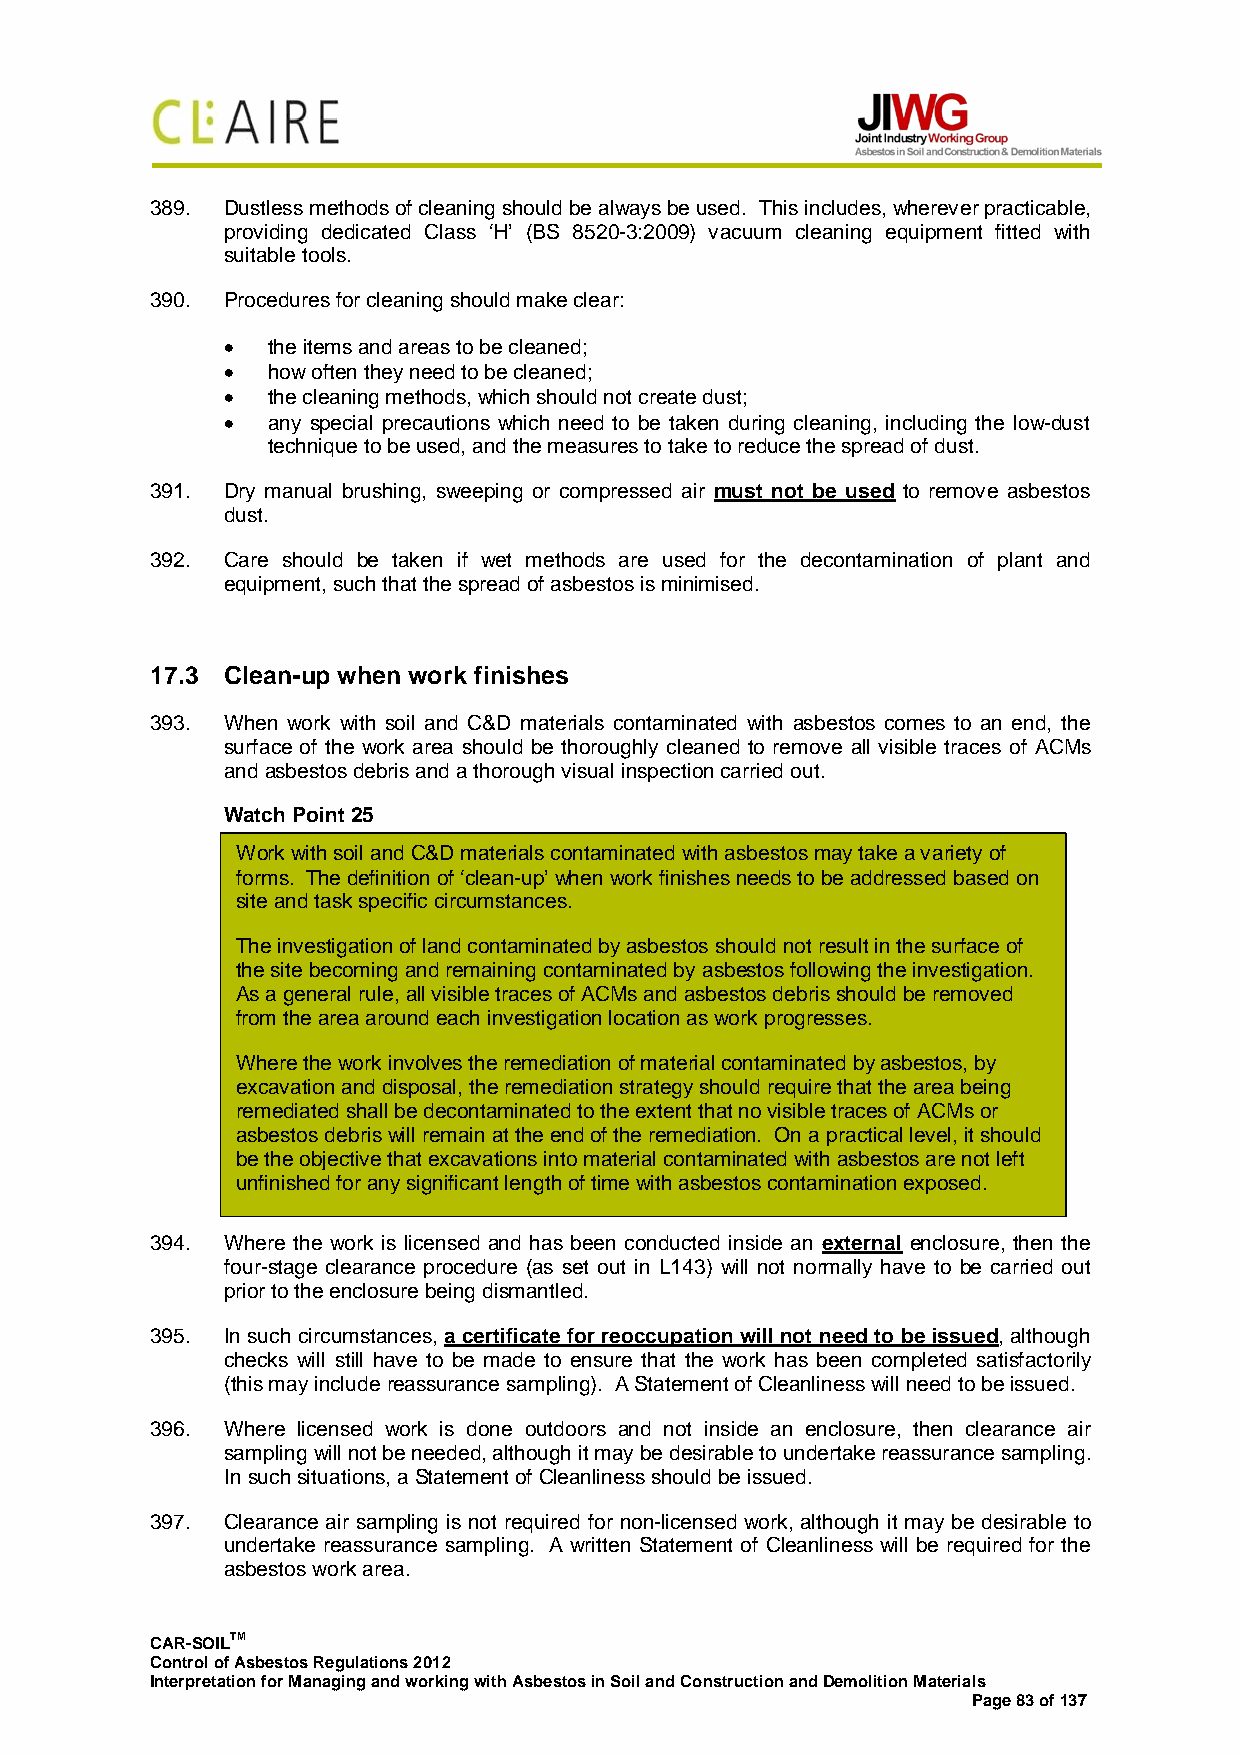
389. Dustless methods of cleaning should be always be used. This includes, wherever practicable,
 providing dedicated Class ‘H’ (BS 8520-3:2009) vacuum cleaning equipment fitted with
 suitable tools.
 390. Procedures for cleaning should make clear:
 •  the items and areas to be cleaned;
 •  how often they need to be cleaned;
 •  the cleaning methods, which should not create dust;
 •  any special precautions which need to be taken during cleaning, including the low-dust
 technique to be used, and the measures to take to reduce the spread of dust.
 391. Dry manual brushing, sweeping or compressed air must not be used to remove asbestos
 dust.
 392. Care should be taken if wet methods are used for the decontamination of plant and
 equipment, such that the spread of asbestos is minimised.
 17.3 Clean-up when work finishes
 393. When work with soil and C&D materials contaminated with asbestos comes to an end, the
 surface of the work area should be thoroughly cleaned to remove all visible traces of ACMs
 and asbestos debris and a thorough visual inspection carried out.
 Watch Point 25
 Work with soil and C&D materials contaminated with asbestos may take a variety of
 forms. The definition of ‘clean-up’ when work finishes needs to be addressed based on
 site and task specific circumstances.
 The investigation of land contaminated by asbestos should not result in the surface of
 the site becoming and remaining contaminated by asbestos following the investigation.
 As a general rule, all visible traces of ACMs and asbestos debris should be removed
 from the area around each investigation location as work progresses.
 Where the work involves the remediation of material contaminated by asbestos, by
 excavation and disposal, the remediation strategy should require that the area being
 remediated shall be decontaminated to the extent that no visible traces of ACMs or
 asbestos debris will remain at the end of the remediation. On a practical level, it should
 be the objective that excavations into material contaminated with asbestos are not left
 unfinished for any significant length of time with asbestos contamination exposed.
 394. Where the work is licensed and has been conducted inside an external enclosure, then the
 four-stage clearance procedure (as set out in L143) will not normally have to be carried out
 prior to the enclosure being dismantled.
 395. In such circumstances, a certificate for reoccupation will not need to be issued, although
 checks will still have to be made to ensure that the work has been completed satisfactorily
 (this may include reassurance sampling). A Statement of Cleanliness will need to be issued.
 396. Where licensed work is done outdoors and not inside an enclosure, then clearance air
 sampling will not be needed, although it may be desirable to undertake reassurance sampling.
 In such situations, a Statement of Cleanliness should be issued.
 397. Clearance air sampling is not required for non-licensed work, although it may be desirable to
 undertake reassurance sampling. A written Statement of Cleanliness will be required for the
 asbestos work area.
 CAR-SOILTM
 Control of Asbestos Regulations 2012
 Interpretation for Managing and working with Asbestos in Soil and Construction and Demolition Materials
 Page 83 of 137